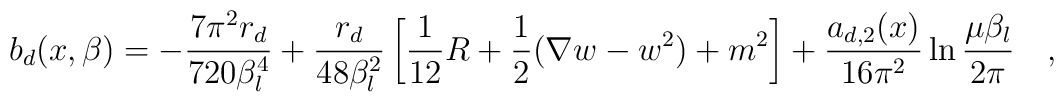
b_d(x,\beta)=-{7\pi^2 r_d \over 720\beta_l^4}+{r_d \over 48 \beta_l^2}\left[{1 \over 12} R+\frac 12 (\nabla w -w^2)+m^2\right]+{a_{d,2}(x) \over 16\pi^2}\ln {\mu\beta_l \over 2\pi}~~~,